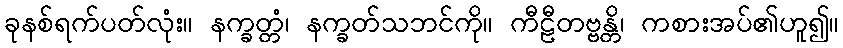
ခုနစ်ရက်ပတ်လုံး။ နက္ခတ္တံ၊ နက္ခတ်သဘင်ကို။ ကီဠီတဗ္ဗန္တိ၊ ကစားအပ်၏ဟူ၍။